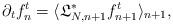
\begin{align*}\partial_t f_n^t = \langle \mathfrak L_{N,n+1}^* f_{n+1}^t \rangle _{n+1},\end{align*}